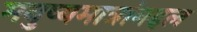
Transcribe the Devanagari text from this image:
मनुष्यमात्रांबद्दल